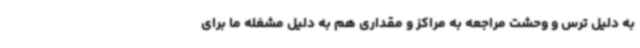
به دلیل ترس و وحشت مراجعه به مراکز و مقداری هم به دلیل مشغله ما برای